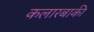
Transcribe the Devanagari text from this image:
कलारबाकी